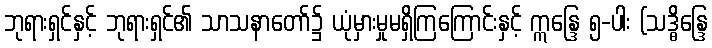
ဘုရားရှင်နှင့် ဘုရားရှင်၏ သာသနာတော်၌ ယုံမှားမှုမရှိကြကြောင်းနှင့် ဣန္ဒြေ ၅-ပါး (သဒ္ဓိန္ဒြေ